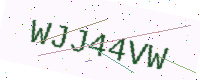
Text: WJJ44VW